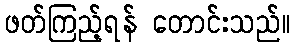
ဖတ်ကြည့်ရန် တောင်းသည်။